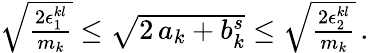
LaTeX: \begin{array}{r}{\sqrt{\frac{2\epsilon_{1}^{kl}}{m_{k}}}\le\sqrt{2\, a_{k}+b_{k}^{s}}\le\sqrt{\frac{2\epsilon_{2}^{kl}}{m_{k}}}\, .}\end{array}